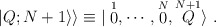
\begin{align*}\vert Q;N+1\rangle\rangle\equiv\vert\stackrel{1}{0},\cdots,\stackrel{N}{0},\stackrel{N+1}{Q}\rangle\ .\end{align*}